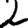
Digit: 2